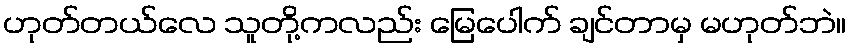
ဟုတ်တယ်လေ သူတို့ကလည်း မြေပေါက် ချင်တာမှ မဟုတ်ဘဲ။